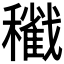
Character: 𥣩